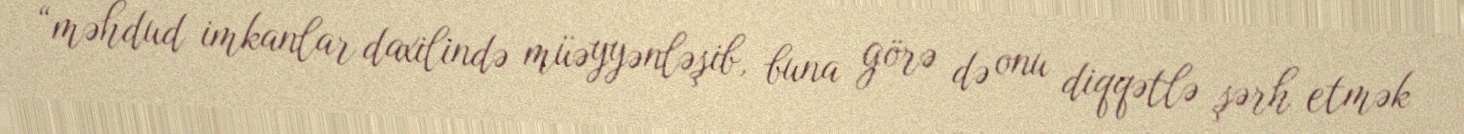
“məhdud imkanlar daxilində müəyyənləşib, buna görə də onu diqqətlə şərh etmək